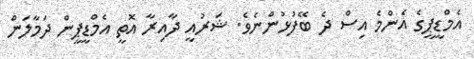
އެމްޑީޕީގެ އެންމެ އިސް ދެ ބޭފުޅުންނެވެ. ޝަރުއީ ދާއިރާ އޮތީ އެމްޑީޕީން ދަމާލަން